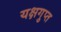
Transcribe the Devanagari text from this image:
यक्षगुप्त